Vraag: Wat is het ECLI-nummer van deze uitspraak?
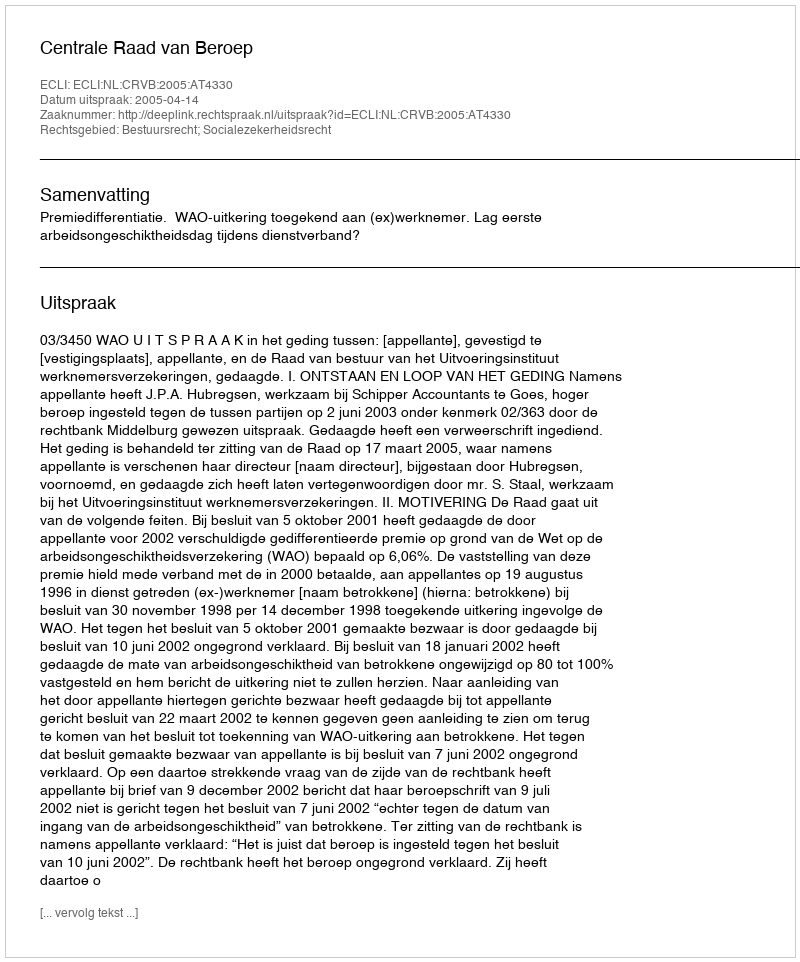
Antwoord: ECLI:NL:CRVB:2005:AT4330